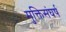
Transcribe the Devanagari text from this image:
मुक्तिसंघर्ष